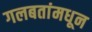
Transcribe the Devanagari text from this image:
गलबतांमधून